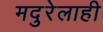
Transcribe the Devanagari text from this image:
मदुरेलाही